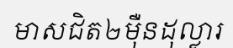
មាសជិត២ម៉ឺនដុល្លារ